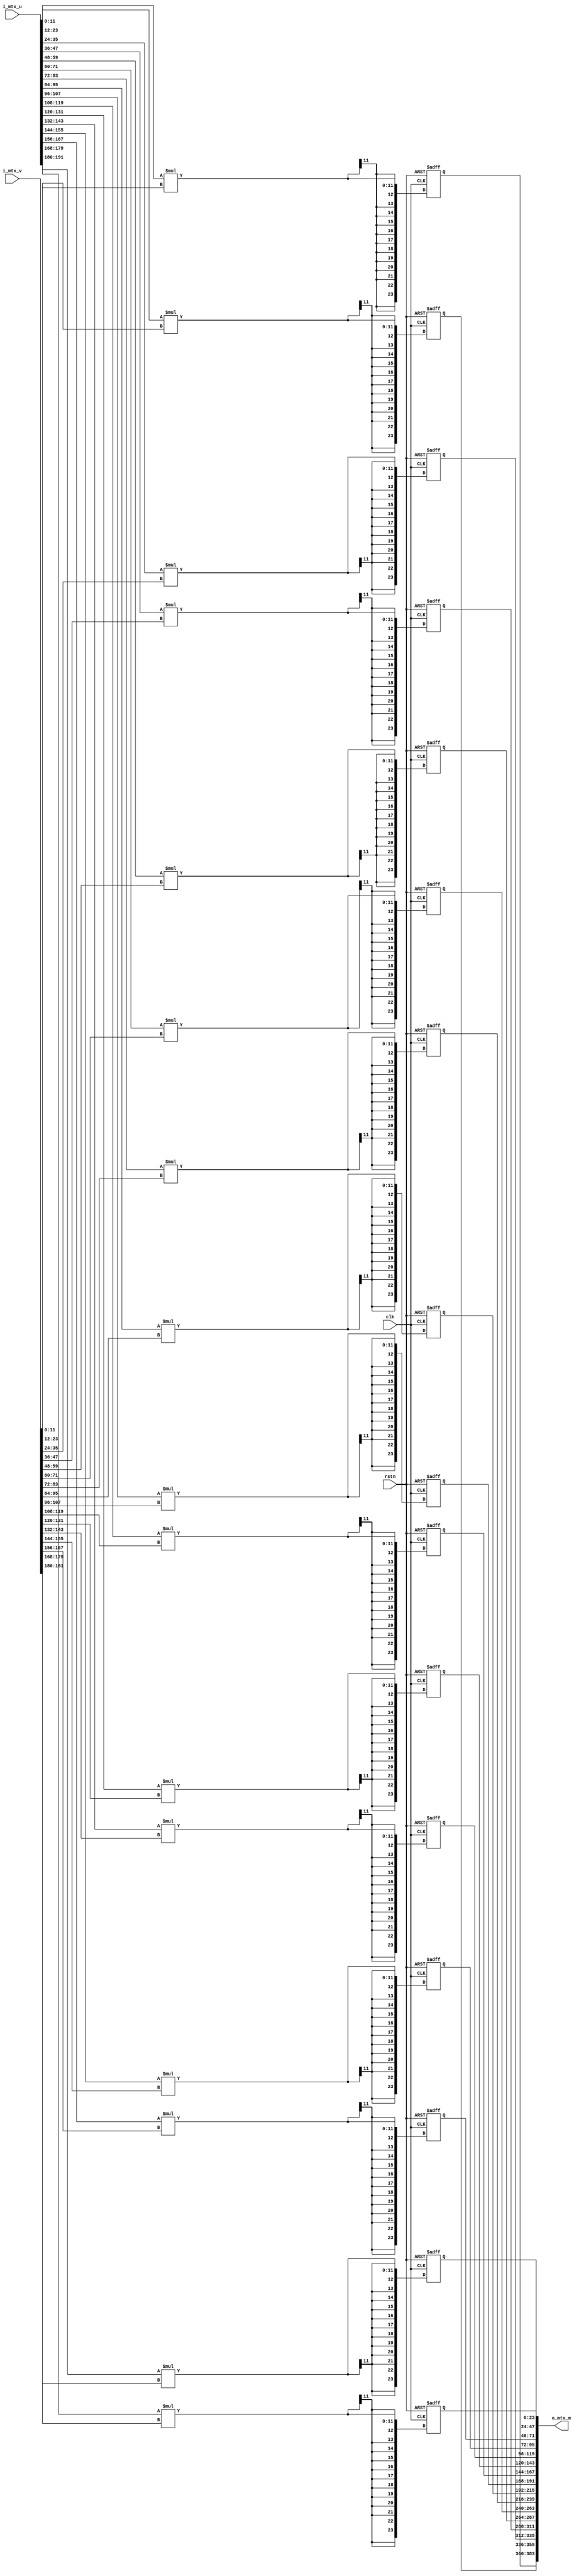
`timescale 1ns / 1ps

module wino_elementwise_mul #(parameter WI=12, parameter WO = 24)
(
    input clk, 
    input rstn, 
    input  [16*WI-1:0] i_mtx_u,   
    input  [16*WI-1:0] i_mtx_v,   
    output [16*WO-1:0] o_mtx_m 
);


//reg [16*WO-1:0] y; 
reg [WO-1:0] y_00;
reg [WO-1:0] y_01;
reg [WO-1:0] y_02;
reg [WO-1:0] y_03;
reg [WO-1:0] y_04;
reg [WO-1:0] y_05;
reg [WO-1:0] y_06;
reg [WO-1:0] y_07;
reg [WO-1:0] y_08;
reg [WO-1:0] y_09;
reg [WO-1:0] y_10;
reg [WO-1:0] y_11;
reg [WO-1:0] y_12;
reg [WO-1:0] y_13;
reg [WO-1:0] y_14;
reg [WO-1:0] y_15;

wire [16*WO-1:0] elementwise_result;



//Doing elementwise multiplication
always @(posedge clk, negedge rstn) begin
    if(!rstn) begin //reg needs to be initialized
        y_00 <= 0;
        y_01 <= 0;
        y_02 <= 0;
        y_03 <= 0;
        y_04 <= 0;
        y_05 <= 0;
        y_06 <= 0;
        y_07 <= 0;
        y_08 <= 0;
        y_09 <= 0;
        y_10 <= 0;
        y_11 <= 0;
        y_12 <= 0;
        y_13 <= 0;
        y_14 <= 0;
        y_15 <= 0;
	end

	else begin
        y_00 <= $signed($signed(i_mtx_u[ 0*WI +: WI]) * $signed(i_mtx_v[ 0*WI +: WI]));
        y_01 <= $signed($signed(i_mtx_u[ 1*WI +: WI]) * $signed(i_mtx_v[ 1*WI +: WI]));
        y_02 <= $signed($signed(i_mtx_u[ 2*WI +: WI]) * $signed(i_mtx_v[ 2*WI +: WI]));
        y_03 <= $signed($signed(i_mtx_u[ 3*WI +: WI]) * $signed(i_mtx_v[ 3*WI +: WI]));
        y_04 <= $signed($signed(i_mtx_u[ 4*WI +: WI]) * $signed(i_mtx_v[ 4*WI +: WI]));
        y_05 <= $signed($signed(i_mtx_u[ 5*WI +: WI]) * $signed(i_mtx_v[ 5*WI +: WI]));
        y_06 <= $signed($signed(i_mtx_u[ 6*WI +: WI]) * $signed(i_mtx_v[ 6*WI +: WI]));
        y_07 <= $signed($signed(i_mtx_u[ 7*WI +: WI]) * $signed(i_mtx_v[ 7*WI +: WI]));
        y_08 <= $signed($signed(i_mtx_u[ 8*WI +: WI]) * $signed(i_mtx_v[ 8*WI +: WI]));
        y_09 <= $signed($signed(i_mtx_u[ 9*WI +: WI]) * $signed(i_mtx_v[ 9*WI +: WI]));
        y_10 <= $signed($signed(i_mtx_u[10*WI +: WI]) * $signed(i_mtx_v[10*WI +: WI]));
        y_11 <= $signed($signed(i_mtx_u[11*WI +: WI]) * $signed(i_mtx_v[11*WI +: WI]));
        y_12 <= $signed($signed(i_mtx_u[12*WI +: WI]) * $signed(i_mtx_v[12*WI +: WI]));
        y_13 <= $signed($signed(i_mtx_u[13*WI +: WI]) * $signed(i_mtx_v[13*WI +: WI]));
        y_14 <= $signed($signed(i_mtx_u[14*WI +: WI]) * $signed(i_mtx_v[14*WI +: WI]));
        y_15 <= $signed($signed(i_mtx_u[15*WI +: WI]) * $signed(i_mtx_v[15*WI +: WI]));
    end
end

assign elementwise_result = {y_00, y_01, y_02, y_03, 
							y_04, y_05, y_06, y_07,
							y_08, y_09, y_10, y_11, 
							y_12, y_13, y_14, y_15
							}; 

assign o_mtx_m = elementwise_result;

endmodule